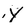
Character: Y